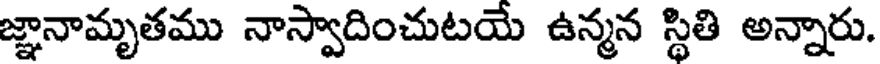
జ్ఞానామృతము నాస్వాదించుటయే ఉన్మన స్థితి అన్నారు.